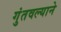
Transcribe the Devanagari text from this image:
गुंतवल्याने